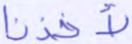
لأخذنا